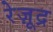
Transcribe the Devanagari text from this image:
रेज़ूद्र